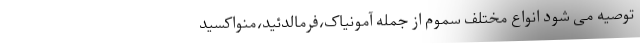
توصیه می شود انواع مختلف سموم از جمله آمونیاک،فرمالدئید،منواکسید